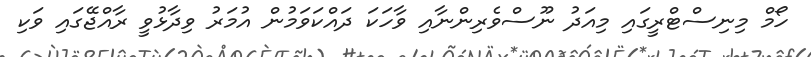
ހޯމް މިނިސްޓްރީގައި މިއަދު ނޫސްވެރިންނާއި ވާހަކަ ދައްކަވަމުން އުމަރު ވިދާޅުވީ ރާއްޖޭގައި ވަކި